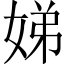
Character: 娣